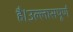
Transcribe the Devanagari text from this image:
है।उल्लासपूर्ण